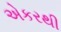
એકરથી